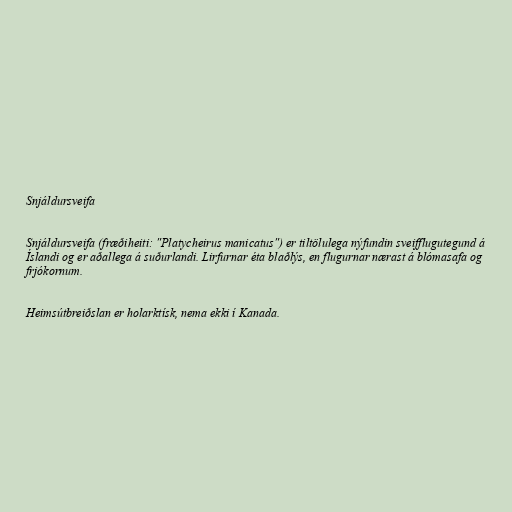
Snjáldursveifa

Snjáldursveifa (fræðiheiti: "Platycheirus manicatus") er tiltölulega nýfundin sveifflugutegund á
Íslandi og er aðallega á suðurlandi. Lirfurnar éta blaðlýs, en flugurnar nærast á blómasafa og
frjókornum.

Heimsútbreiðslan er holarktísk, nema ekki í Kanada.